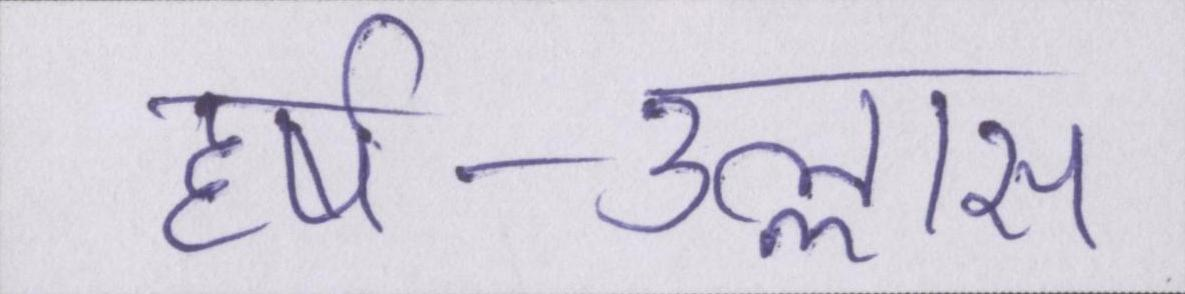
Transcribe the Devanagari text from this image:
हर्ष-उल्लास